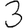
Digit: 3